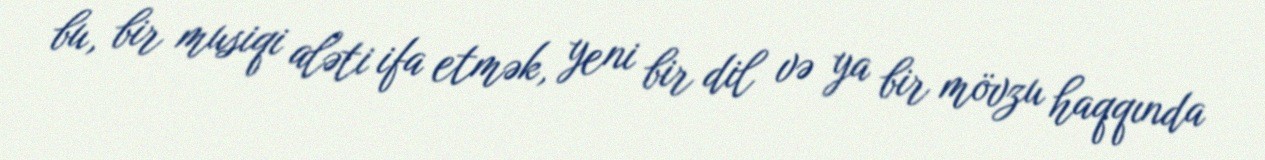
bu, bir musiqi aləti ifa etmək, yeni bir dil və ya bir mövzu haqqında